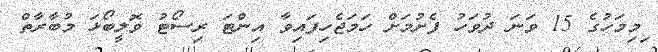
ިމިމަހުގެ 15 ވަނަ ދުވަހު ފެށުމަށް ހަމަޖެހިފައިވާ އިންޓަ ރިސޯޓު ވޮލީބޯޅަ މުބާރާތް